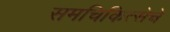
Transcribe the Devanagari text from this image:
समचिकित्सेचे